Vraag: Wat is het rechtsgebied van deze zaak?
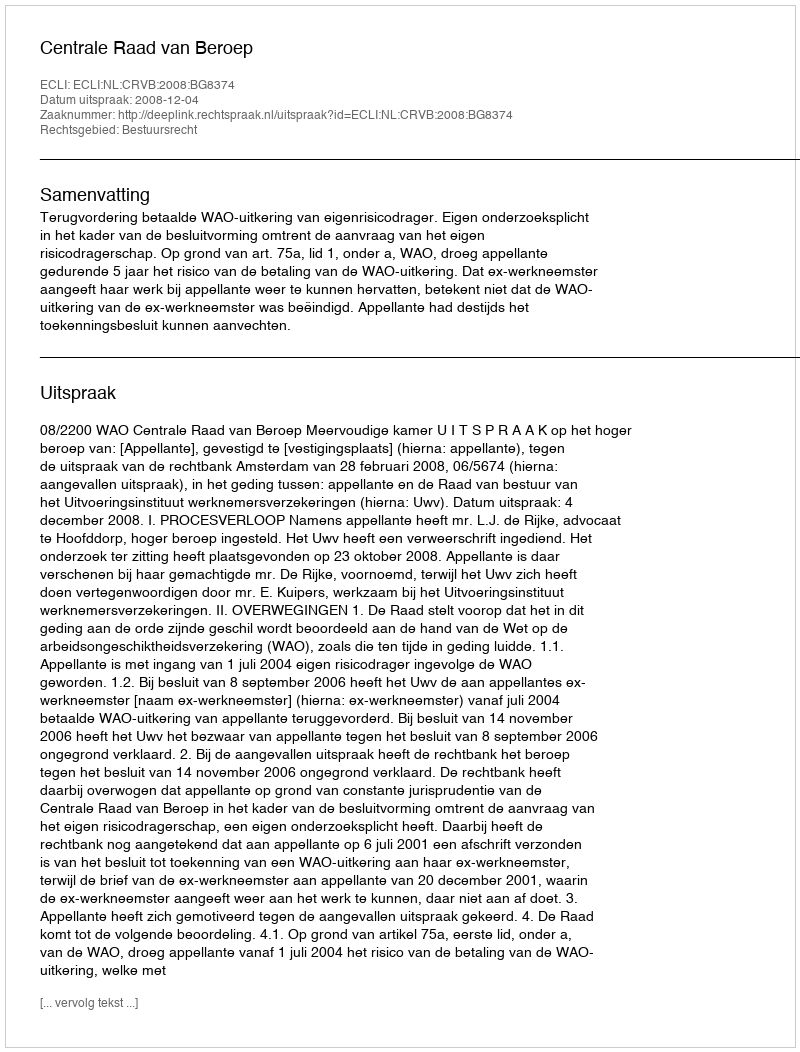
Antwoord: Bestuursrecht